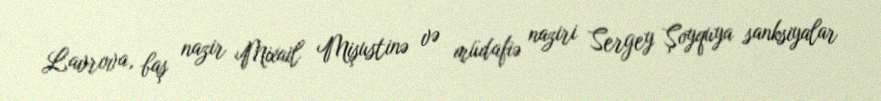
Lavrova, baş nazir Mixail Mişustinə və müdafiə naziri Sergey Şoyquya sanksiyalar